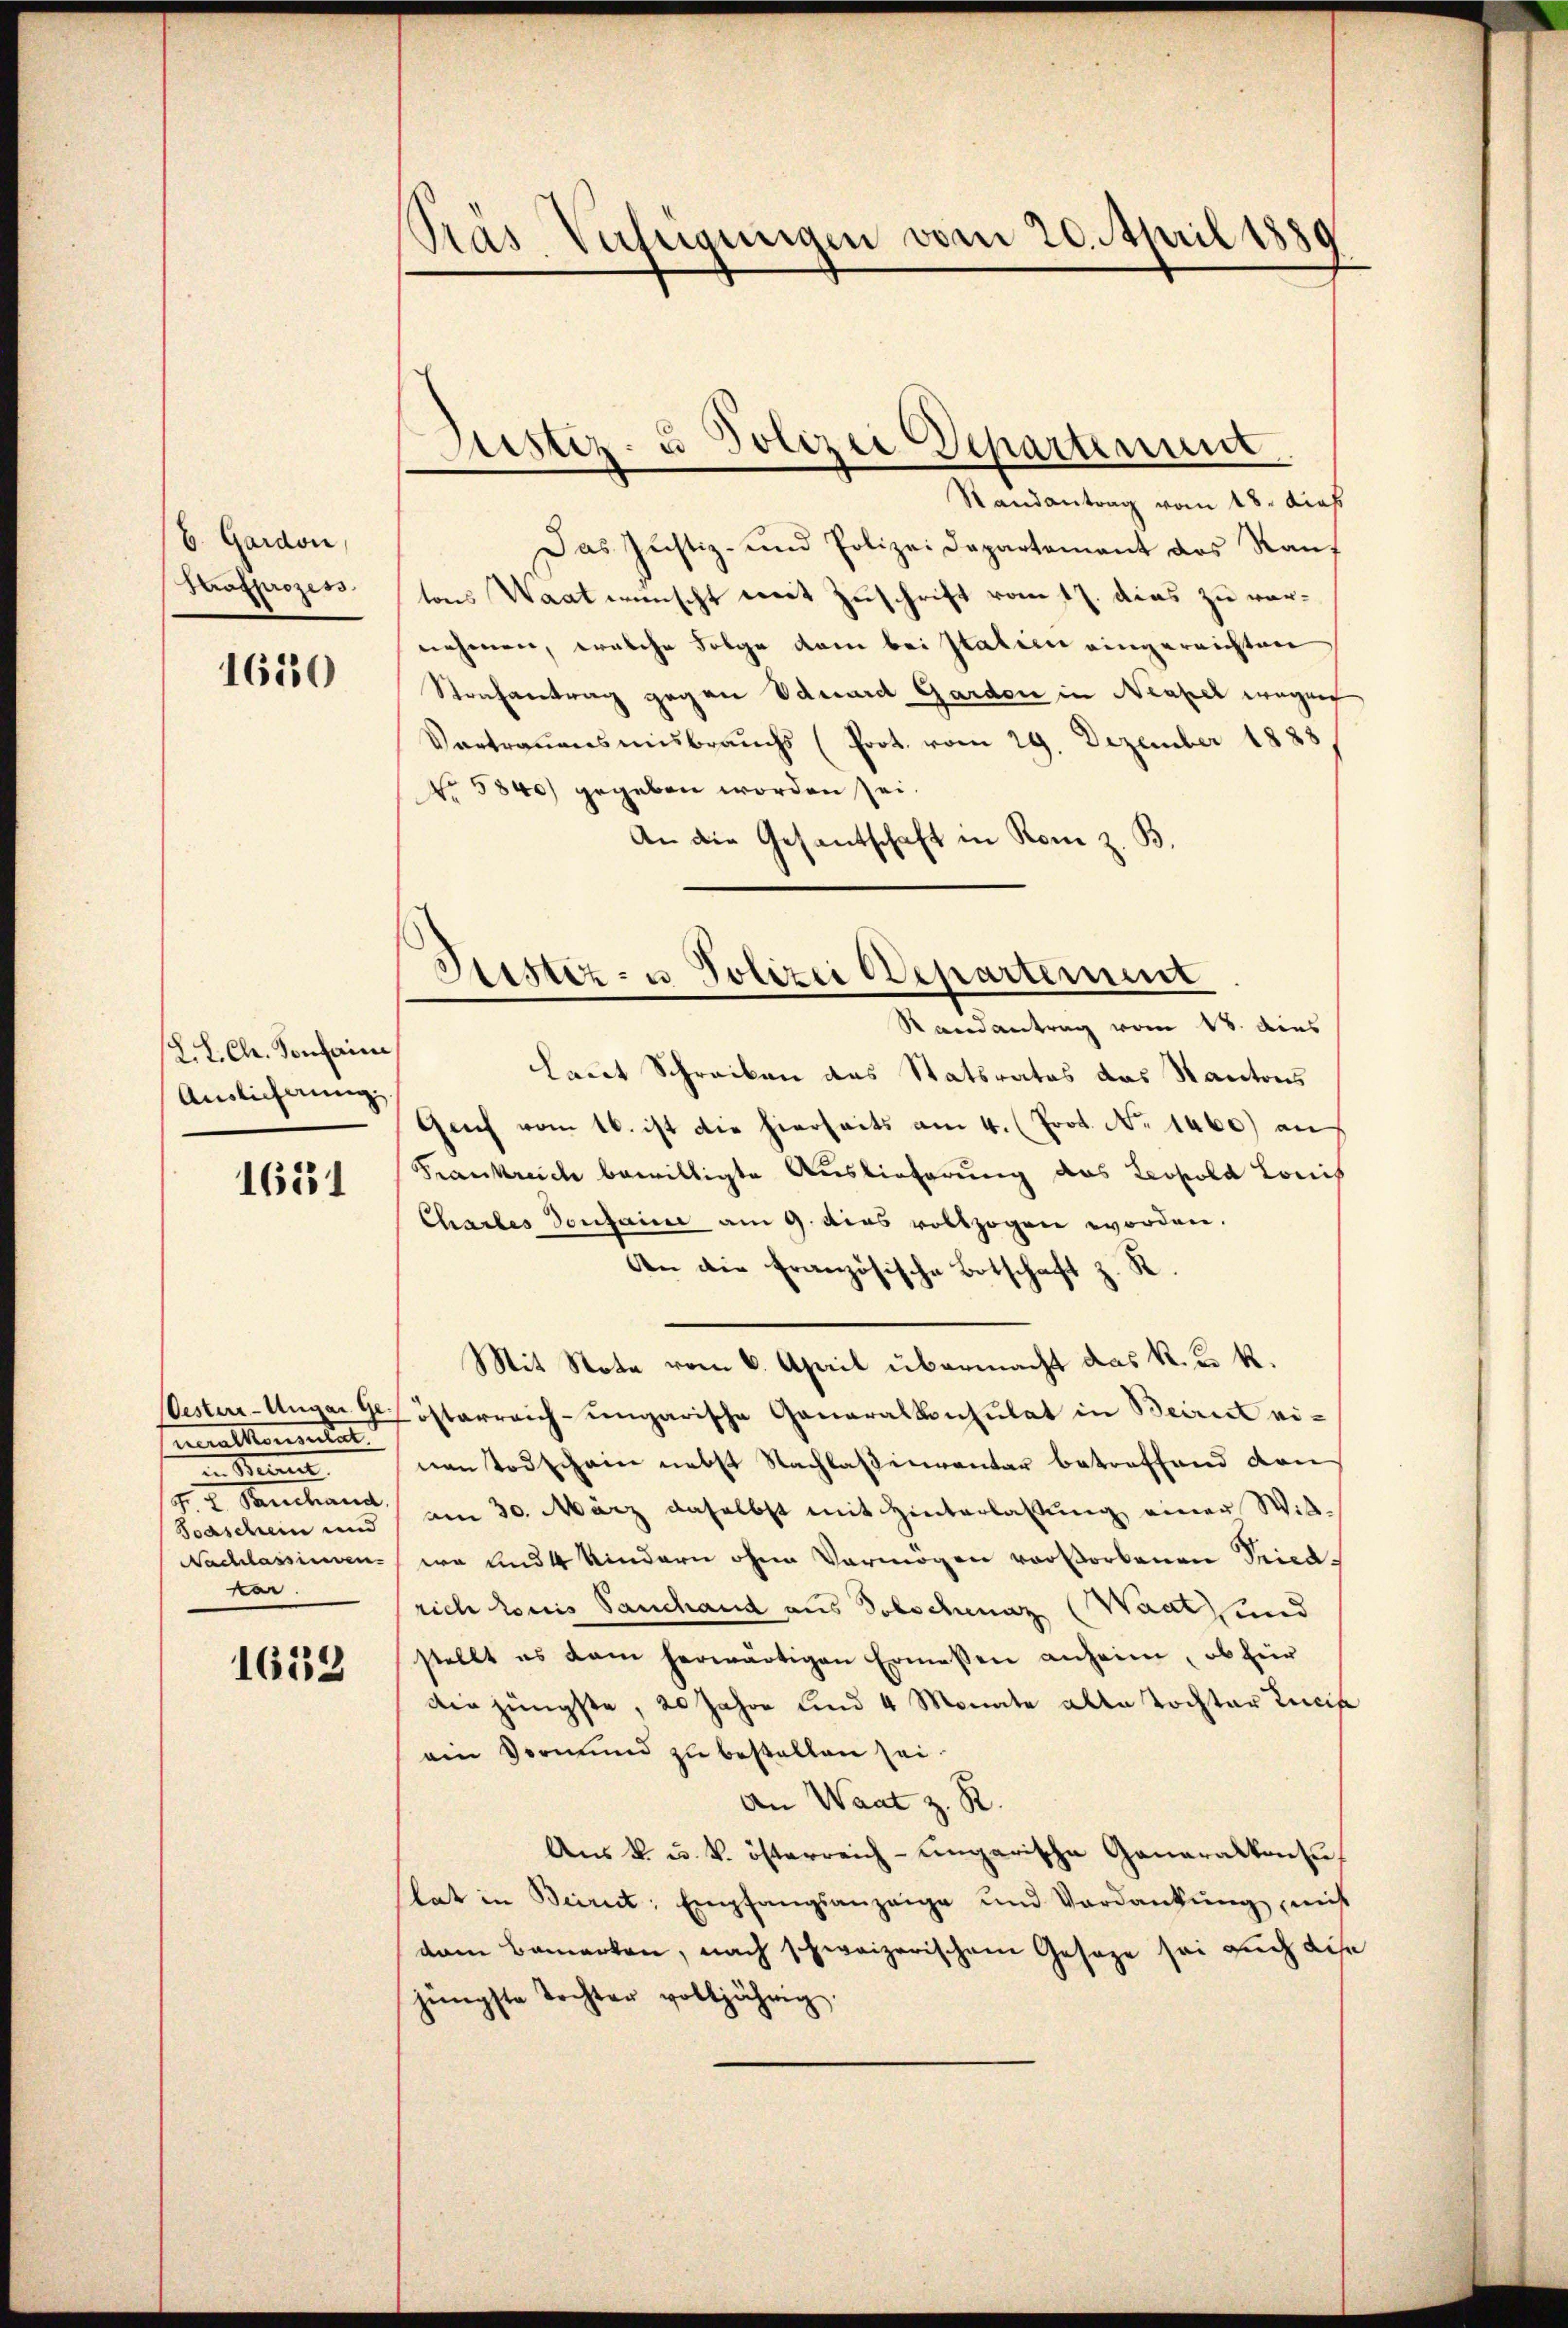
b. Gardon,
Strafprozess

1650

L. L. Ch. Sontain
Auslicherung,

1651

neralkommenten
in Steine
Scaschein und
ker.

1653

Pras Verfügungen vom 20. April 1889

Justiz- u Polizei Departement

Randantrag vom 18. dies
Das Justiz- und Polizeidepartement das Raŭf
tons Staat wünscht mit Zuschrift vom 17. dies zu vernehmen, welche Folge dem bei statien eingereichten
Strafantrag gegen Eduard Garden in Neapel wegen
Vertrauensmisbrauchs (Prot. vom 29. Dezember 1888
No 5840) gegeben worden sei.
An die Gesantschaft in Rom z. B.

Sistiz- u Polizei Departement
Randantrag vom 18. dies

laut Schreiben das Statsrates das Kantons
Geich vom 16. ist die hierseits am 4. (Prot. No 1460) an
Frankreich bewilligte Auslieferung das Leopold Louis
Charles dontaine am 9. dies vollzogen worden.
An die französische Botschaft z. R.
Mit Note vom 6. April übermacht das k. k. k.
Wester-Unger Ge österreich-ungarische Generalkonsulat in Beirict einen Todschein nebst Nachlassinventar betreffend den
4. u. Parchand am 30. März daselbst mit Hinterlassŭng einer Witt-
Nachlassingen wo und 4 Kindern ohne Vermögen vorstorbenen Pricarich konis auchand aus Solschaz (Waat, und
stellt es dam herwärtigen Ermessen anheim, ob für
Die jüngste, 20 Jahre und 4 Monate alle Tochter Lucia
ein Vormund zu bestellen sei.
An Waat z. R.
Aus k. u. k. österreich-ungarische Generalkonsu
lat in Beirut. Empfangsanzeige und Verdankŭng mit
dam bemerken, nach schweizerischem Gesage sei Euch dise
jüngste Tochter volljährig.